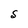
Character: S